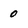
Character: 0